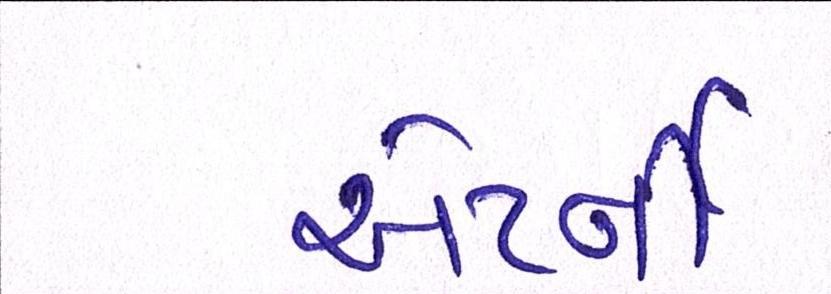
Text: એટર્ની